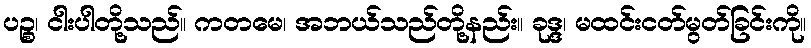
ပဉ္စ၊ ငါးပါတို့သည်။ ကတမေ၊ အဘယ်သည်တို့နည်း။ ခုဒ္ဒ၊ မထင်းငတ်မွတ်ခြင်းကို။